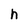
Character: h